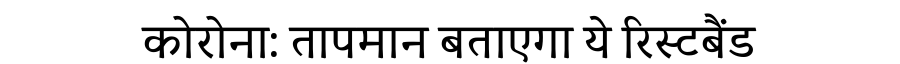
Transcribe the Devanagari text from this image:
कोरोना: तापमान बताएगा ये रिस्टबैंड